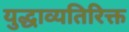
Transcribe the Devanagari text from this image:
युद्धाव्यतिरिक्त